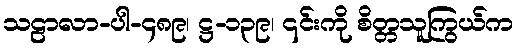
သဠာလာ-ပါ-၄၈၉၊ ဋ္ဌ-၁၃၉၊ ၎င်းကို စိတ္တသူကြွယ်က